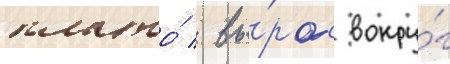
плато́ / вы́рос вокру́г